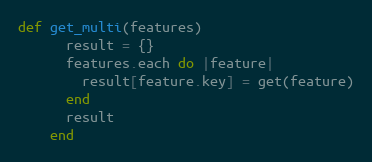
Language: Ruby
def get_multi(features)
      result = {}
      features.each do |feature|
        result[feature.key] = get(feature)
      end
      result
    end